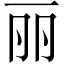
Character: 丽